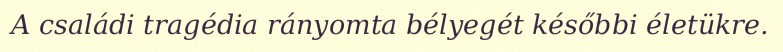
A családi tragédia rányomta bélyegét későbbi életükre.